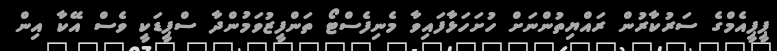
ޕީޕީއެމްގެ ސަރުކާރުން ރައްޔިތުންނަށް ހުށަހަޅާފައިވާ މެނިފެސްޓޯ ތަންފީޒުވަމުންދާ ސްޕީޑަކީ ވެސް އޭކާ އިން